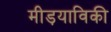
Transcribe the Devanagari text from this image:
मीड़याविकी